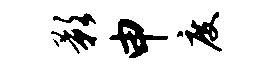
影申度